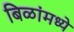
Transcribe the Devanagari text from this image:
बिळांमध्ये